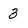
Character: 3